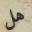
هل